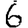
Digit: 6